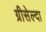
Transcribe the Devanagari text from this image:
ग्रीसेल्दा